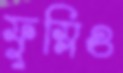
ফুস্‌লিও